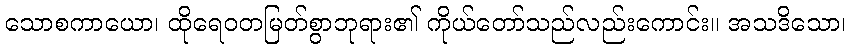
သောစကာယော၊ ထိုရေဝတမြတ်စွာဘုရား၏ ကိုယ်တော်သည်လည်းကောင်း။ အသဒိသော၊